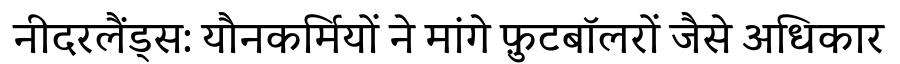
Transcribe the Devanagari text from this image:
नीदरलैंड्स: यौनकर्मियों ने मांगे फ़ुटबॉलरों जैसे अधिकार